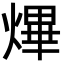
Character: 熚